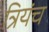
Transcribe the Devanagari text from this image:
त्रियंच